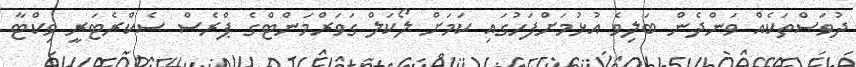
ދުވަސްތަކެއް ވަންދެން ބަލިވެ އުޅުމަށްފަހުގައި ކަމަށް ލޯކަލް ގަވަރްމަންޓްގެ ޕްރެސް ސެކްރެޓަރީ ވިކްޓާ